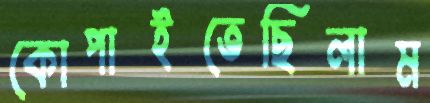
কোপাইতেছিলাম